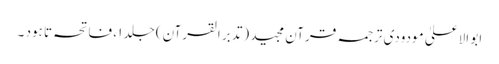
ابو الاعلیٰ مودودی ترجمہ قرآن مجید (تدبر القرآن) جلد ۱، فاتحہ تا ہود ۔